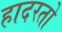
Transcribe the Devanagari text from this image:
हादरतो